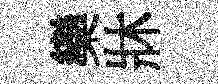
欒牀